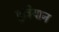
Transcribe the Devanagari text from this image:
पुत्रियान